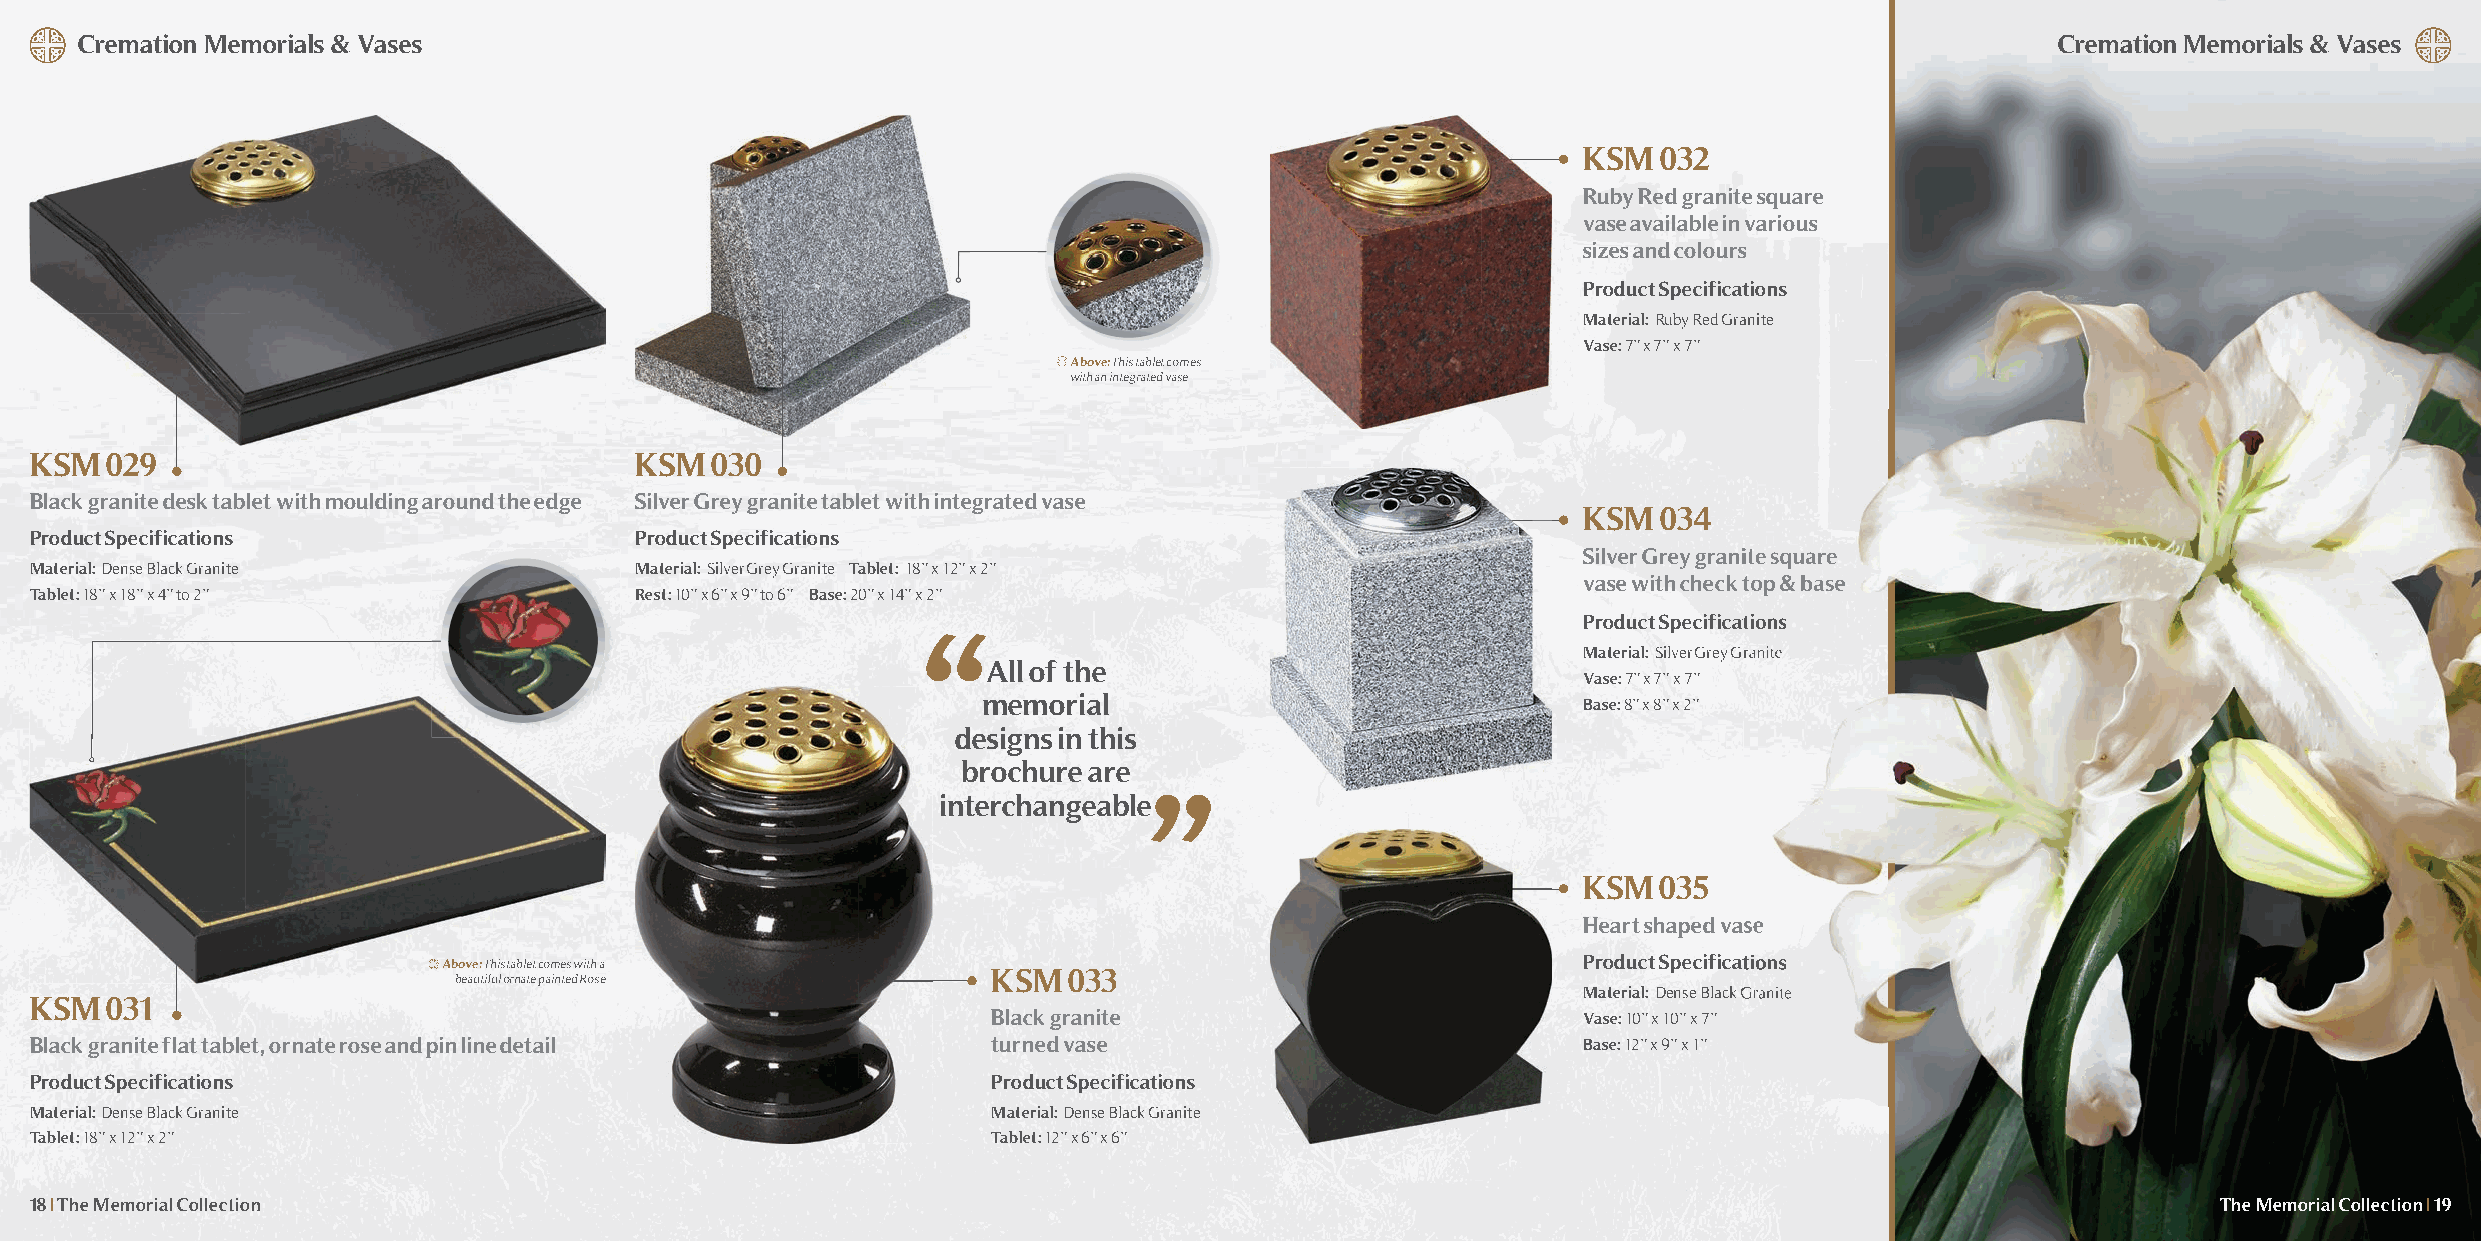
Cremation Memorials & Vases                                                                                                        Cremation Memorials & Vases
 KSM  032
 Ruby Red granite square
 vase available in various
 sizes and colours
 Product Specifications
 Material: Ruby Red Granite
 Vase: 7” x 7” x 7”
 Above:This tablet comes
 with an integrated vase
 KSM  029                                KSM  030
 Black granite desk tablet with moulding around the edge Silver Grey granite tablet with integrated vase
 KSM  034
 Product Specifications                  Product Specifications
 SSiillvveerr GGrreeyy ggrraanniittee ssqquuaarree
 Material: Dense Black Granite           Material: Silver Grey Granite Tablet: 18” x 12” x 2”
 vvaassee wwiitthh cchheecckk ttoopp && bbaassee
 Tablet: 18” x 18” x 4” to 2”            Rest: 10” x 6” x 9” to 6” Base: 20” x 14” x 2”
 PPrroodduucctt SSppeecciiffiiccaattiioonnss
 Material: SSiillvveerr GGrreeyy GGrraanniittee
 All of the
 Vase: 7” x 7” x 7”
 memorial                                Base: 8” x 8” x 2”
 designs in this
 brochure are
 interchangeable
 KSM  035
 HHeeaarrtt sshhaappeedd vvaassee
 Above:This tablet comes with a                                              PPrroodduucctt SSppeecciiffiiccaattiioonnss
 KSM  033
 beautiful ornate painted Rose
 Material: DDeennssee BBllaacckk GGrraanniittee
 KSM  031
 Black granite                          Vase: 10” x 10” x 7”
 Black granite flat tablet, ornate rose and pin line detail      turned vase                            Base: 12” x 9” x 1”
 Product Specifications                                          Product Specifications
 Material: Dense Black Granite                                   Material: Dense Black Granite
 Tablet: 18” x 12” x 2”                                          Tablet: 12” x 6” x 6”
 18 | The Memorial Collection                                                                                                                     The Memorial Collection | 19